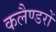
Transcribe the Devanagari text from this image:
कलैण्डरों